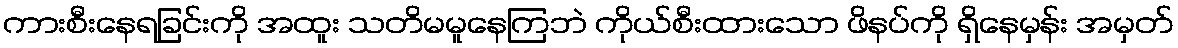
ကားစီးနေရခြင်းကို အထူး သတိမမူနေကြဘဲ ကိုယ်စီးထားသော ဖိနပ်ကို ရှိနေမှန်း အမှတ်